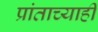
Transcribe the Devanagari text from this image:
प्रांताच्याही